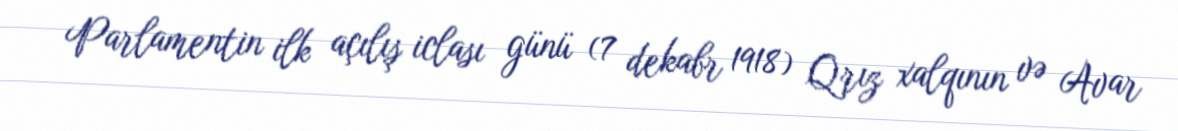
Parlamentin ilk açılış iclası günü (7 dekabr 1918) Qrız xalqının və Avar